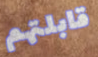
قابلتهم